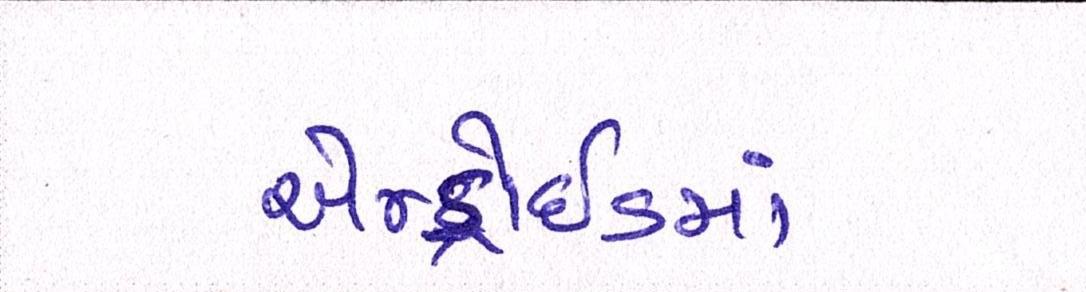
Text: એન્ડ્રોઇડમાં